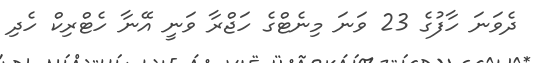
ދެވަނަ ހާފުގެ 23 ވަނަ މިނެޓްގެ ހަޖްރާ ވަނީ އޭނާ ހެޓްރިކް ހެދި